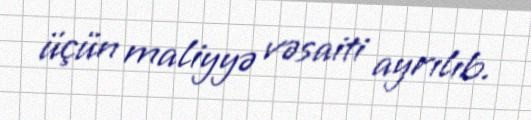
üçün maliyyə vəsaiti ayrılıb.